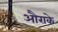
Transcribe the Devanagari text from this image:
औराके